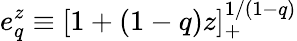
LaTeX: e_{q}^{z}\equiv[1+(1-q)z]_{+}^{1/(1-q)}